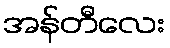
အန်တီလေး